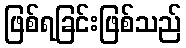
ဖြစ်ရခြင်းဖြစ်သည်